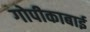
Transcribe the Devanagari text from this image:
गोपीकाबाई